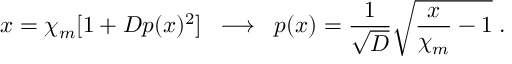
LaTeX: x = \chi _ { m } [ 1 + D p ( x ) ^ { 2 } ] \; \; \longrightarrow \; \; p ( x ) = \frac { 1 } { \sqrt { D } } \sqrt { \frac { x } { \chi _ { m } } - 1 } \; .